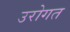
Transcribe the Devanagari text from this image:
उरोगत